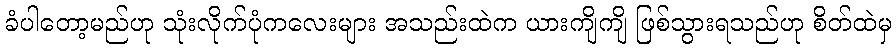
ခံပါတော့မည်ဟု သုံးလိုက်ပုံကလေးများ အသည်းထဲက ယားကျိကျိ ဖြစ်သွားရသည်ဟု စိတ်ထဲမှ